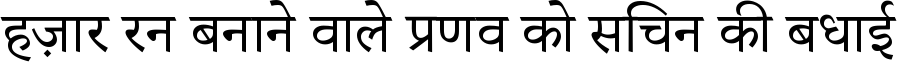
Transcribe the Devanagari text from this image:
हज़ार रन बनाने वाले प्रणव को सचिन की बधाई